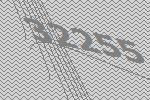
32255